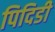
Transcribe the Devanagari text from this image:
पिदिडी